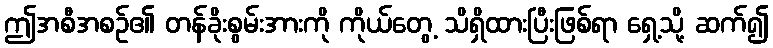
ဤအစီအစဉ်၏ တန်ခိုးစွမ်းအားကို ကိုယ်တွေ့ သိရှိထားပြီးဖြစ်ရာ ရှေ့သို့ ဆက်၍